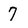
Character: 7